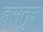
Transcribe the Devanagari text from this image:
हंसतुत्र